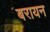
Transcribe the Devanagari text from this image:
बरायन